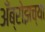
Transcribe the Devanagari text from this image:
अँब्रोझच्या